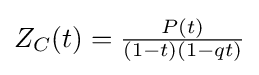
{\textstyle Z_{C}(t)={\frac {P(t)}{(1-t)(1-qt)}}}